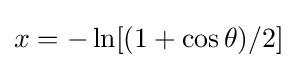
x=-\ln[(1+\cos \theta )/2]